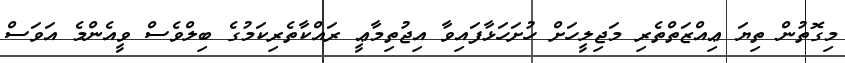
މިގޮތުން ތިޔަ ޢިއްޒަތްތެރި މަޖިލީހަށް ހުށަހަޅާފައިވާ އިޖުތިމާޢީ ރައްކާތެރިކަމުގެ ބިލްވެސް ވީއެންމެ އަވަސް